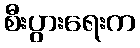
စီးပွားရေးက